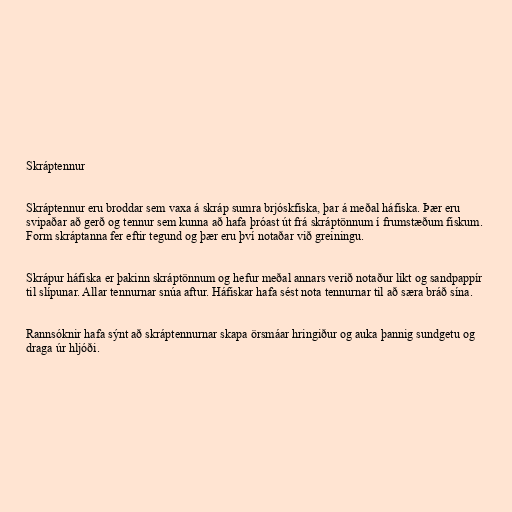
Skráptennur

Skráptennur eru broddar sem vaxa á skráp sumra brjóskfiska, þar á meðal háfiska. Þær eru
svipaðar að gerð og tennur sem kunna að hafa þróast út frá skráptönnum í frumstæðum fiskum.
Form skráptanna fer eftir tegund og þær eru því notaðar við greiningu.

Skrápur háfiska er þakinn skráptönnum og hefur meðal annars verið notaður líkt og sandpappír
til slípunar. Allar tennurnar snúa aftur. Háfiskar hafa sést nota tennurnar til að særa bráð sína.

Rannsóknir hafa sýnt að skráptennurnar skapa örsmáar hringiður og auka þannig sundgetu og
draga úr hljóði.